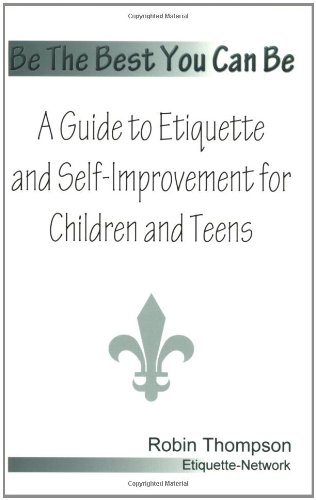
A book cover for Be The Best You Can Be; A Guide to Etiquette and Self-Improvement for Children and Teens; Robin Thompson; Teen & Young Adult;